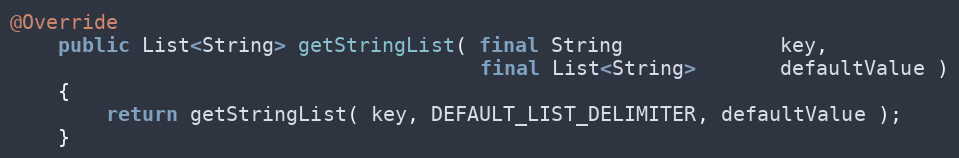
Language: Java
@Override
    public List<String> getStringList( final String             key,
                                       final List<String>       defaultValue )
    {
        return getStringList( key, DEFAULT_LIST_DELIMITER, defaultValue );
    }